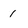
Character: 1